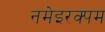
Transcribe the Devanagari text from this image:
नमेइरक्पम